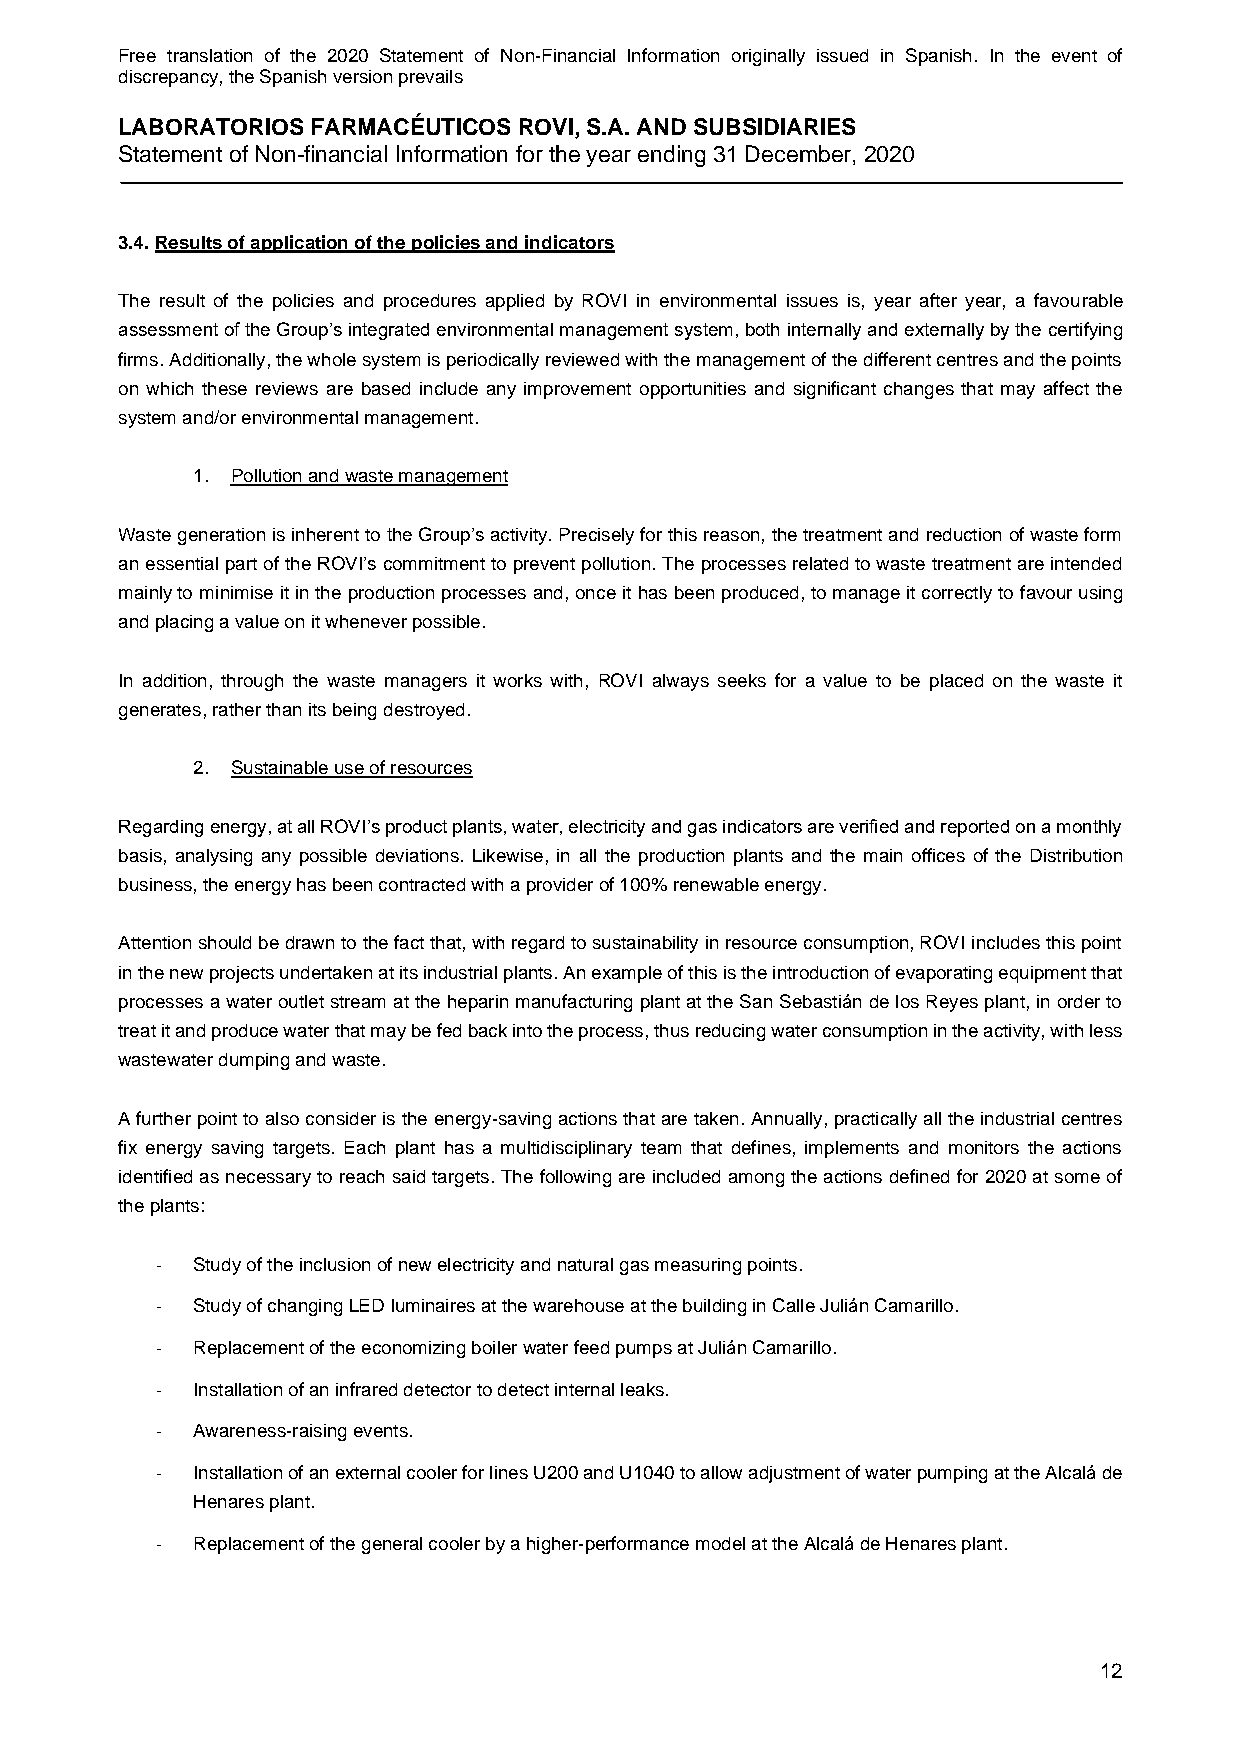
Free translation of the 2020 Statement of Non-Financial Information originally issued in Spanish. In the event of
 discrepancy, the Spanish version prevails
 LABORATORIOS FARMACÉUTICOS ROVI, S.A. AND SUBSIDIARIES
 Statement of Non-financial Information for the year ending 31 December, 2020
 3.4. Results of application of the policies and indicators
 The result of the policies and procedures applied by ROVI in environmental issues is, year after year, a favourable
 assessment of the Group’s integrated environmental management system, both internally and externally by the certifying
 firms. Additionally, the whole system is periodically reviewed with the management of the different centres and the points
 on which these reviews are based include any improvement opportunities and significant changes that may affect the
 system and/or environmental management.
 1. Pollution and waste management
 Waste generation is inherent to the Group’s activity. Precisely for this reason, the treatment and reduction of waste form
 an essential part of the ROVI’s commitment to prevent pollution. The processes related to waste treatment are intended
 mainly to minimise it in the production processes and, once it has been produced, to manage it correctly to favour using
 and placing a value on it whenever possible.
 In addition, through the waste managers it works with, ROVI always seeks for a value to be placed on the waste it
 generates, rather than its being destroyed.
 2. Sustainable use of resources
 Regarding energy, at all ROVI’s product plants, water, electricity and gas indicators are verified and reported on a monthly
 basis, analysing any possible deviations. Likewise, in all the production plants and the main offices of the Distribution
 business, the energy has been contracted with a provider of 100% renewable energy.
 Attention should be drawn to the fact that, with regard to sustainability in resource consumption, ROVI includes this point
 in the new projects undertaken at its industrial plants. An example of this is the introduction of evaporating equipment that
 processes a water outlet stream at the heparin manufacturing plant at the San Sebastián de los Reyes plant, in order to
 treat it and produce water that may be fed back into the process, thus reducing water consumption in the activity, with less
 wastewater dumping and waste.
 A further point to also consider is the energy-saving actions that are taken. Annually, practically all the industrial centres
 fix energy saving targets. Each plant has a multidisciplinary team that defines, implements and monitors the actions
 identified as necessary to reach said targets. The following are included among the actions defined for 2020 at some of
 the plants:
 -  Study of the inclusion of new electricity and natural gas measuring points.
 -  Study of changing LED luminaires at the warehouse at the building in Calle Julián Camarillo.
 -  Replacement of the economizing boiler water feed pumps at Julián Camarillo.
 -  Installation of an infrared detector to detect internal leaks.
 -  Awareness-raising events.
 -  Installation of an external cooler for lines U200 and U1040 to allow adjustment of water pumping at the Alcalá de
 Henares plant.
 -  Replacement of the general cooler by a higher-performance model at the Alcalá de Henares plant.
 12